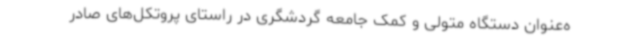
ه‌عنوان دستگاه متولی و کمک جامعه گردشگری در راستای پروتکل‌های صادر